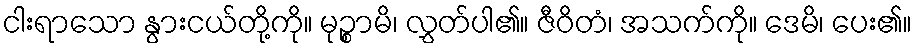
ငါးရာသော နွားငယ်တို့ကို။ မုဉ္စာမိ၊ လွှတ်ပါ၏။ ဇီဝိတံ၊ အသက်ကို။ ဒေမိ၊ ပေး၏။